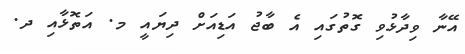
އޭނާ ވިދާޅުވި ގޮތުގައި އެ ބާޖު އަޑިއަށް ދިޔައީ މ. އަތޮޅާއި ދ.